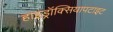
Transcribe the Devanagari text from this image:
हाइड्रॉक्सियापटाइट